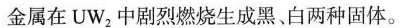
金属在UW_{2}中剧烈燃烧生成黑、白两种固体。